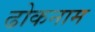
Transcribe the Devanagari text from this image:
ढोकनाम